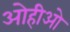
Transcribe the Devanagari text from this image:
ओहीओ